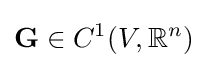
\mathbf {G} \in C^{1}(V,\mathbb {R} ^{n})